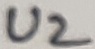
Text: U2